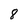
Character: 8